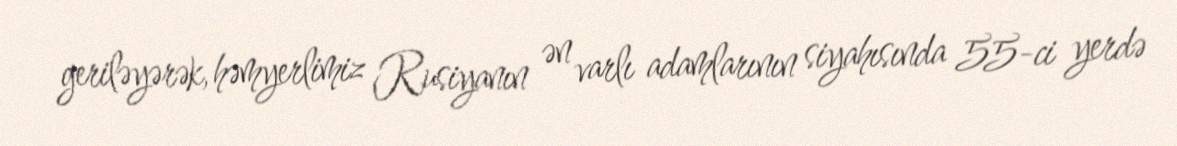
geriləyərək, həmyerlimiz Rusiyanın ən varlı adamlarının siyahısında 55-ci yerdə